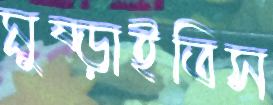
মুষ্‌ড়াইতিস